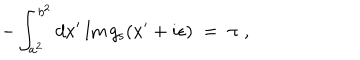
- \int _ { a ^ { 2 } } ^ { b ^ { 2 } } d x ^ { \prime } \, \mathrm { I m } \, g _ { \mathrm { s } } ( x ^ { \prime } + i \epsilon ) \; = \; \pi \; ,